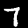
Label: 7